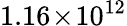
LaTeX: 1.16\! \times\! 10^{12}